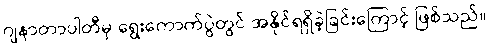
ဂျနာတာပါတီမှ ရွေးကောက်ပွဲတွင် အနိုင်ရရှိခဲ့ခြင်းကြောင့် ဖြစ်သည်။